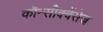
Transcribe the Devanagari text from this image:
कॉन्सीक्वेंसेज